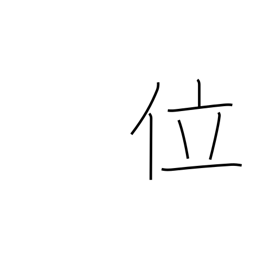
Meaning: some